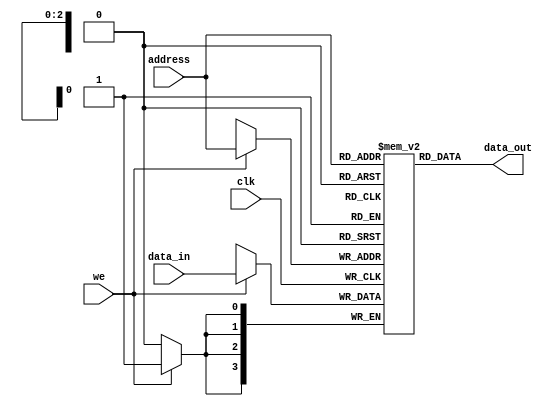
`timescale 1ns / 1ps
//////////////////////////////////////////////////////////////////////////////////
// Company: 
// Engineer: 
// 
// Design Name: 
// Module Name: RAM
// Project Name: 
// Target Devices: 
// Tool Versions: 
// Description: 
// 
// Dependencies: 
// 
// Revision:
// Revision 0.01 - File Created
// Additional Comments:
// 
//////////////////////////////////////////////////////////////////////////////////


module RAM(
    input clk,//Clock signal
    input we, //Write Enable
    input [3:0] data_in, //Data input
    input [2:0] address, //Address
    output [3:0] data_out //Data Output
    );
    
    reg [3:0] ram [0:7]; //SRAM
    
    always @(posedge clk)begin
        if(we) ram[address] <= data_in;
    end
    
    assign data_out = ram[address];
    
endmodule